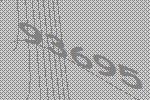
93695